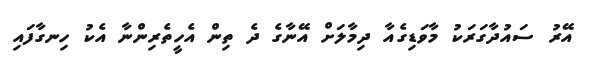
އޭރު ސައުދާގަރަކު މާވަޑިގެއާ ދިމާލަށް އޭނާގެ ދެ ތިން އެހީތެރިންނާ އެކު ހިނގާފައި